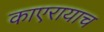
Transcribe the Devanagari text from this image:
काएरायाच